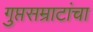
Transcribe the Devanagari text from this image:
गुप्तसम्राटांचा